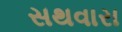
સથવારા